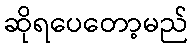
ဆိုရပေတော့မည်